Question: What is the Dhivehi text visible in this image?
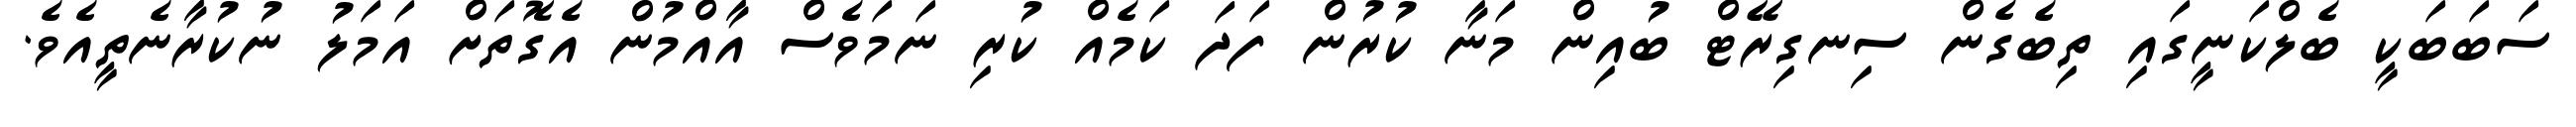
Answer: ސަބަބަކީ ބެލްކަނީގައި ތިބެގެން ސިނގިރޭޓް ބުއިން މަނާ ކުރުން ފަދަ ކަމެއް ކުރި ނަމަވެސް އާއްމުން އެގޮތަށް އަމަލު ނުކުރާނެތީއެވެ.